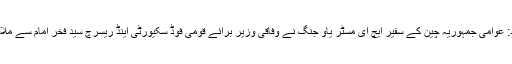
اسلام آباد: عوامی جمہوریہ چین کے سفیر ایچ ای مسٹر یاو جِنگ نے وفاقی وزیر برائے قومی فوڈ سکیورٹی اینڈ ریسرچ سید فخر امام سے ملاقات کی۔